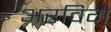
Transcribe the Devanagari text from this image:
अरविग